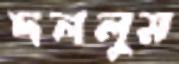
দললুম